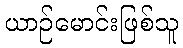
ယာဉ်မောင်းဖြစ်သူ